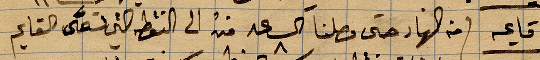
تاسعة من النهار حتى وصلنا الى .. الى النقطة التي تسمى القايم